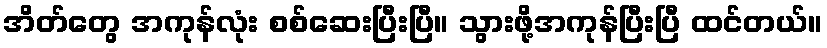
အိတ်တွေ အကုန်လုံး စစ်ဆေးပြီးပြီ။ သွားဖို့အကုန်ပြီးပြီ ထင်တယ်။